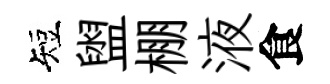
短盥棚液食